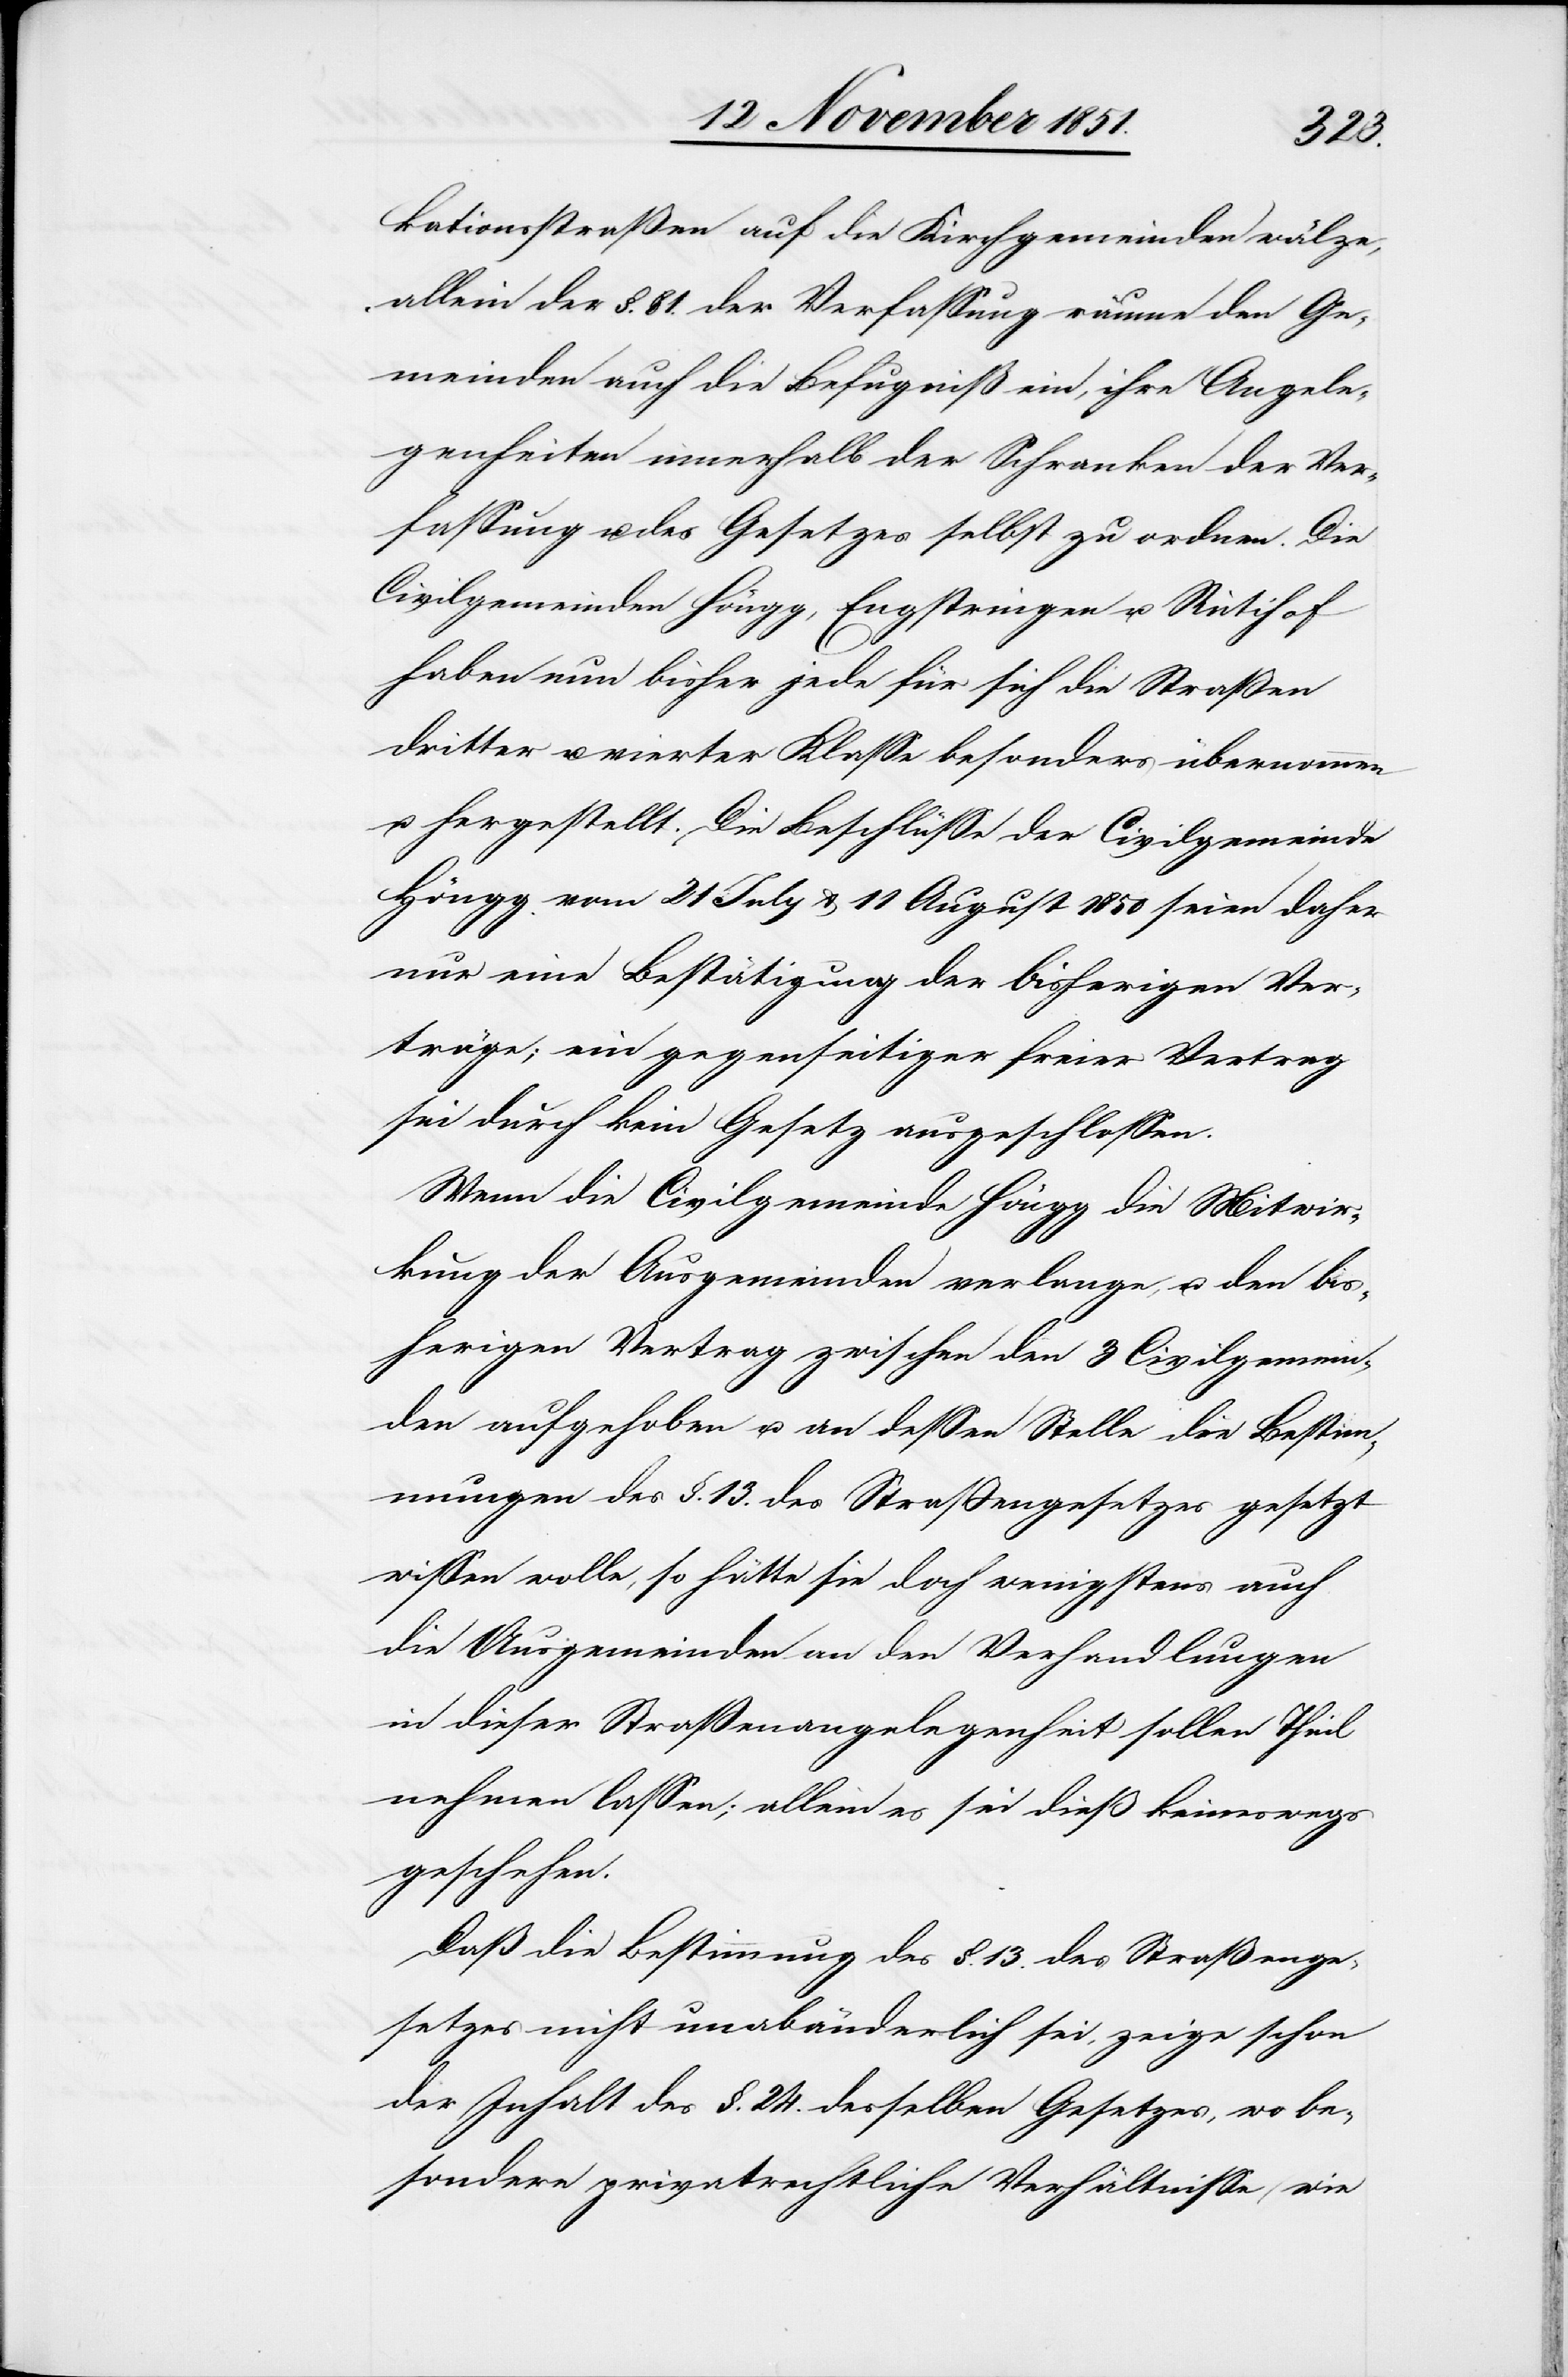
kationsstraßen auf die Kirchgemeinden wälze,
allein der §. 81. der Verfassung räume den Ge¬
meinden auch die Befugniß ein, ihre Angele¬
genheiten innerhalb der Schranken der Ver¬
fassung u. des Gesetzes selbst zu ordnen. Die
Civilgemeinden Höngg, Engstringen u. Rütihof
haben nun bisher jede für sich die Straßen
dritter u. vierter Klasse besonders übernommen
u. hergestellt. Die Beschlüsse der Civilgemeinde
Höngg vom 21 July & 11 August 1850 seien daher
nur eine Bestätigung der bisherigen Ver¬
träge; ein gegenseitiger freier Vertrag
sei durch kein Gesetz ausgeschlossen.
Wenn die Civilgemeinde Höngg die Mitwir¬
kung der Ausgemeinden verlange, u. den bis¬
herigen Vertrag zwischen den 3 Civilgemein¬
den aufgehoben u. an dessen Stelle die Bestim¬
mungen des §. 13. des Straßengesetzes gesetzt
wissen wolle, so hätte sie doch wenigstens auch
die Ausgemeinden an den Verhandlungen
in dieser Straßenangelegenheit sollen Theil
nehmen lassen; allein es sei dieß keineswegs
geschehen.
Daß die Bestimmung des §. 13. des Straßenge¬
setzes nicht unabänderlich sei, zeige schon
der Inhalt des §. 24. desselben Gesetzes, wo be¬
sondere privatrechtliche Verhältnisse (wie